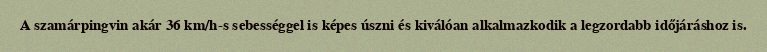
A szamárpingvin akár 36 km/h-s sebességgel is képes úszni és kiválóan alkalmazkodik a legzordabb időjáráshoz is.